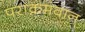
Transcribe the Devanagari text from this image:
पराक्रमवान्